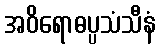
အဝိရောဓပ္ပသံသီနံ